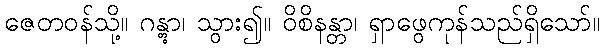
ဇေတဝန်သို့။ ဂန္တွာ၊ သွား၍။ ဝိစိနန္တာ၊ ရှာဖွေကုန်သည်ရှိသော်။